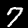
Label: 7